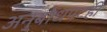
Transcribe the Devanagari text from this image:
अनुबोधपटही